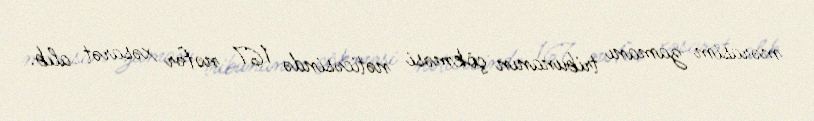
mərasim zamanı tribunanın çökməsi nəticəsində 167 nəfər xəsarət alıb.